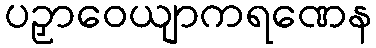
ပဉှာဝေယျာကရဏေန